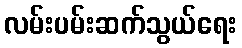
လမ်းပမ်းဆက်သွယ်ရေး